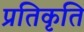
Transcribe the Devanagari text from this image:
प्रतिकृति